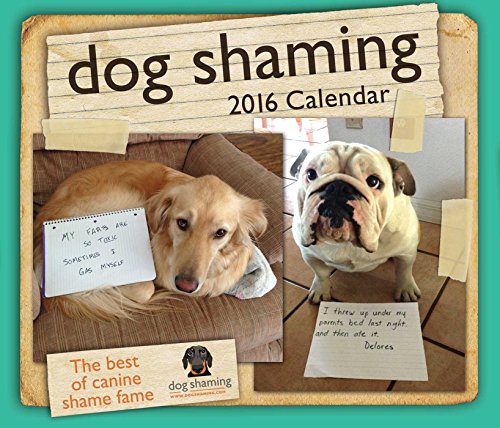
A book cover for Dog Shaming 2016 Day-to-Day Calendar; Pascale Lemire; Calendars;